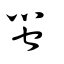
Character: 蠁